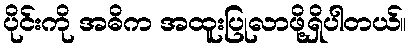
ပိုင်းကို အဓိက အထူးပြုလာဖို့ရှိပါတယ်။